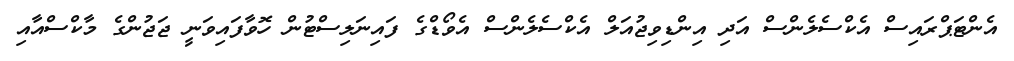
އެންޓަޕްރައިސް އެކްސެލެންސް އަދި އިންޑިވިޖުއަލް އެކްސެލެންސް އެވޯޑްގެ ފައިނަލިސްޓުން ހޮވާފައިވަނީ ޖަޖުންގެ މާކްސްއާއި